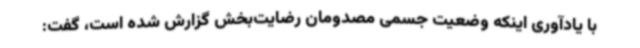
با یادآوری اینکه وضعیت جسمی مصدومان رضایت‌بخش گزارش شده است، گفت: